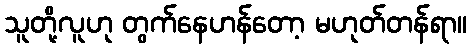
သူတို့လူဟု တွက်နေဟန်တော့ မဟုတ်တန်ရာ။